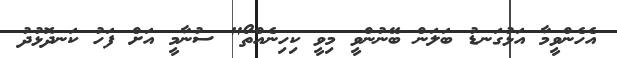
އެހެންވީމާ އަޅުގަނޑު ބަލަން ބޭނުންވީ މިވީ ކިހިނެއްތޯ" ސުނާމީ އަށް ފަހު ކަނދޮޅުދު